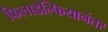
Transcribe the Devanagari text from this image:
फिलाडेल्फियानंतर